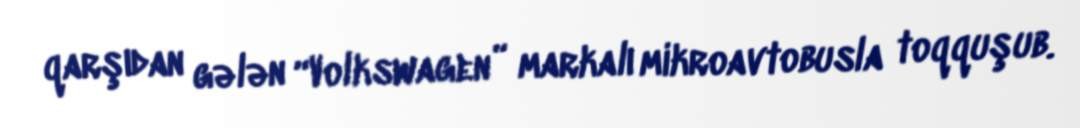
qarşıdan gələn “Volkswagen” markalı mikroavtobusla toqquşub.